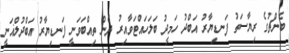
ބެންޗުގެ ރިޔާސަތު ފަނޑިޔާރު އަބްދު ހަމީދު ބަލަހައްޓަވާއިރު ދެން ތިއްބަވަނީ ފަނޑިޔާރު އަބްދުލްޣަނީ